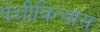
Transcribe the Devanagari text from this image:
पेशीविन्यास